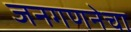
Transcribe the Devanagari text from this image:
जनगणनेचा